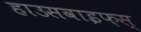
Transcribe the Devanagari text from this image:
हाउसवाइफ़स्